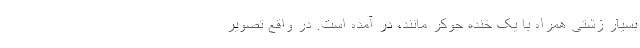
بسیار زشتی همراه با یک خنده جوکر مانند، در آمده است. در واقع تصویر